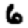
Digit: 6